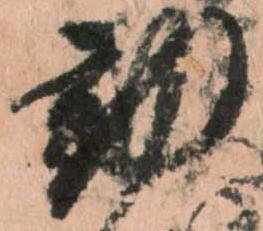
動